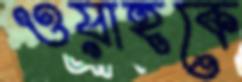
ওয়াহকে